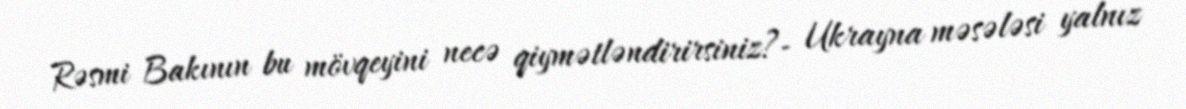
Rəsmi Bakının bu mövqeyini necə qiymətləndirirsiniz?- Ukrayna məsələsi yalnız